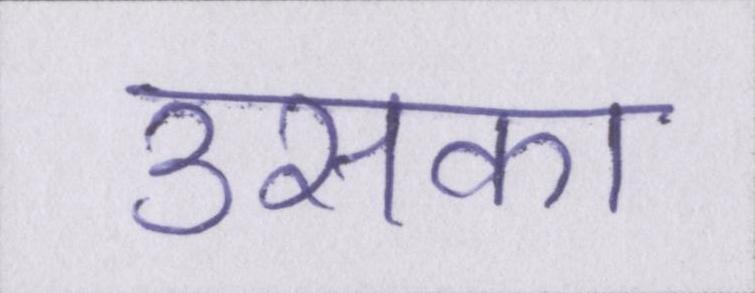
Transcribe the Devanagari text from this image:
उसका